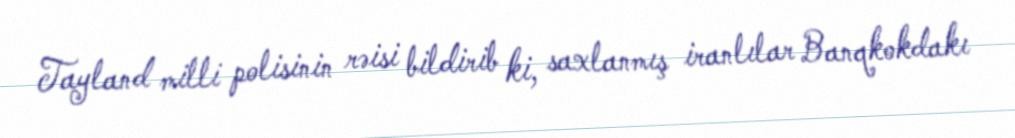
Tayland milli polisinin rəisi bildirib ki, saxlanmış iranlılar Banqkokdakı